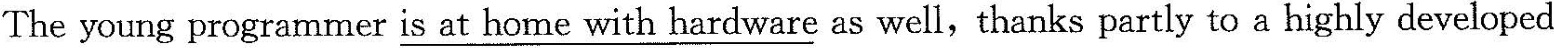
The young programtner \underline{is at home with hardware} as well,thanks partly to a highly developed